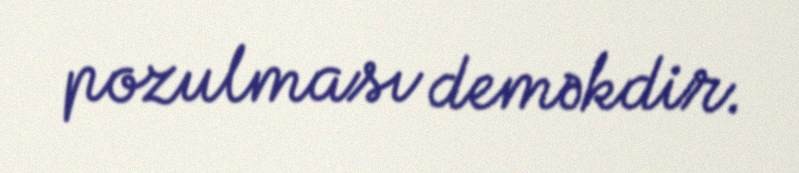
pozulması deməkdir.